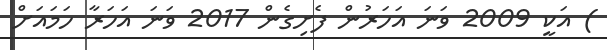
) އަކީ 2009 ވަނަ އަހަރުން ފެށިގެން 2017 ވަނަ އަހަރާ ހަމައަށް